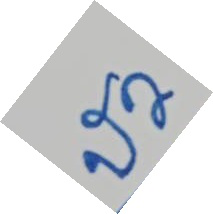
บัว